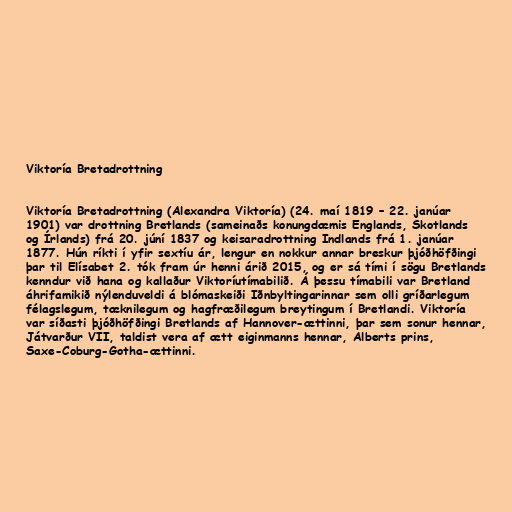
Viktoría Bretadrottning

Viktoría Bretadrottning (Alexandra Viktoría) (24. maí 1819 – 22. janúar
1901) var drottning Bretlands (sameinaðs konungdæmis Englands, Skotlands
og Írlands) frá 20. júní 1837 og keisaradrottning Indlands frá 1. janúar
1877. Hún ríkti í yfir sextíu ár, lengur en nokkur annar breskur þjóðhöfðingi
þar til Elísabet 2. tók fram úr henni árið 2015, og er sá tími í sögu Bretlands
kenndur við hana og kallaður Viktoríutímabilið. Á þessu tímabili var Bretland
áhrifamikið nýlenduveldi á blómaskeiði Iðnbyltingarinnar sem olli gríðarlegum
félagslegum, tæknilegum og hagfræðilegum breytingum í Bretlandi. Viktoría
var síðasti þjóðhöfðingi Bretlands af Hannover-ættinni, þar sem sonur hennar,
Játvarður VII, taldist vera af ætt eiginmanns hennar, Alberts prins,
Saxe-Coburg-Gotha-ættinni.